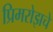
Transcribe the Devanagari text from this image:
प्रिमरोझचे